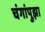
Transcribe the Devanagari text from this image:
चंगांपुझा